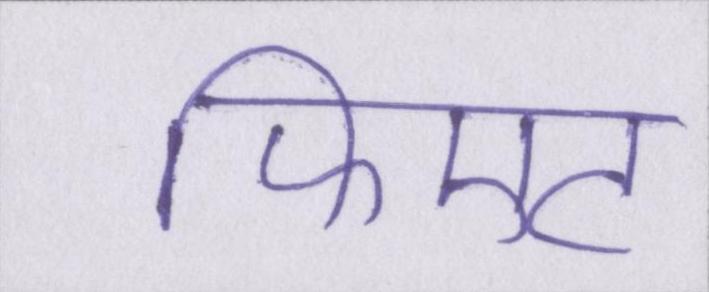
फिएट